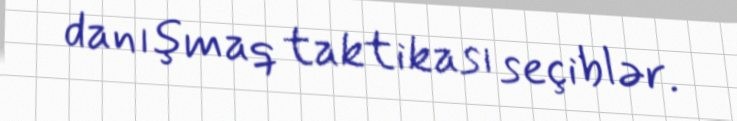
danışmaq taktikası seçiblər.